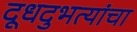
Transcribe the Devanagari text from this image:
दूधदुभत्यांचा